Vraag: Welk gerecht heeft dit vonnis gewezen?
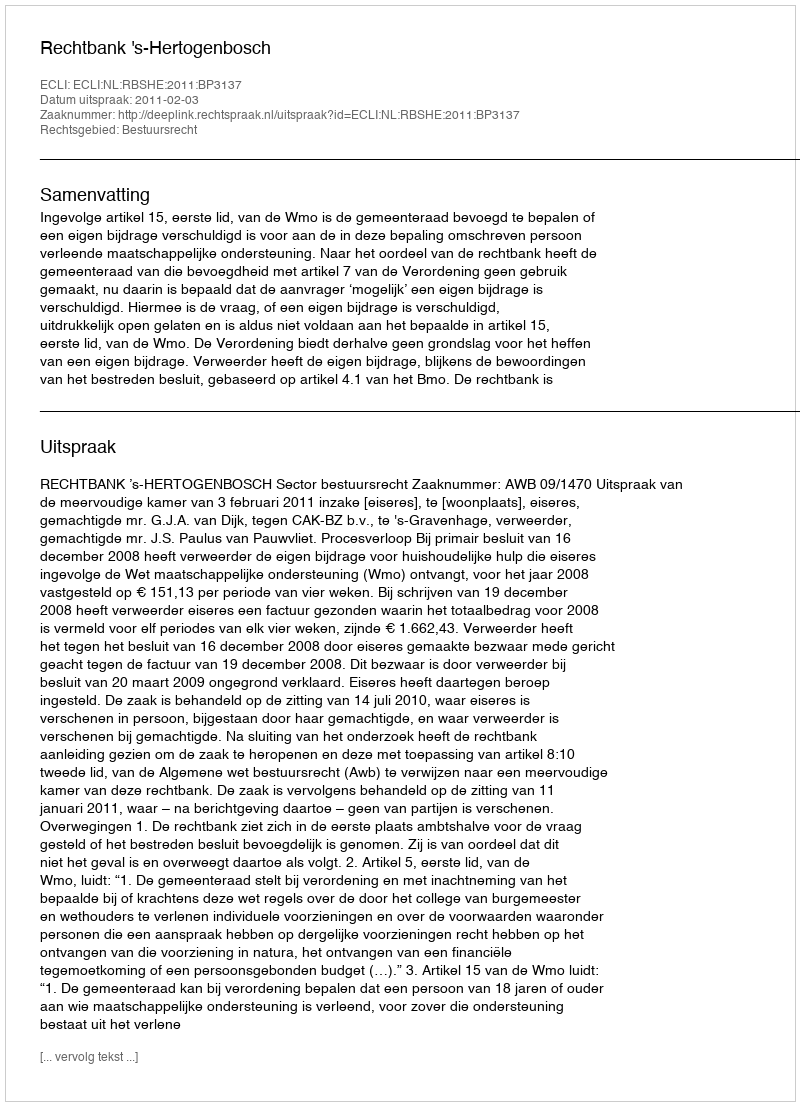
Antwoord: Rechtbank 's-Hertogenbosch